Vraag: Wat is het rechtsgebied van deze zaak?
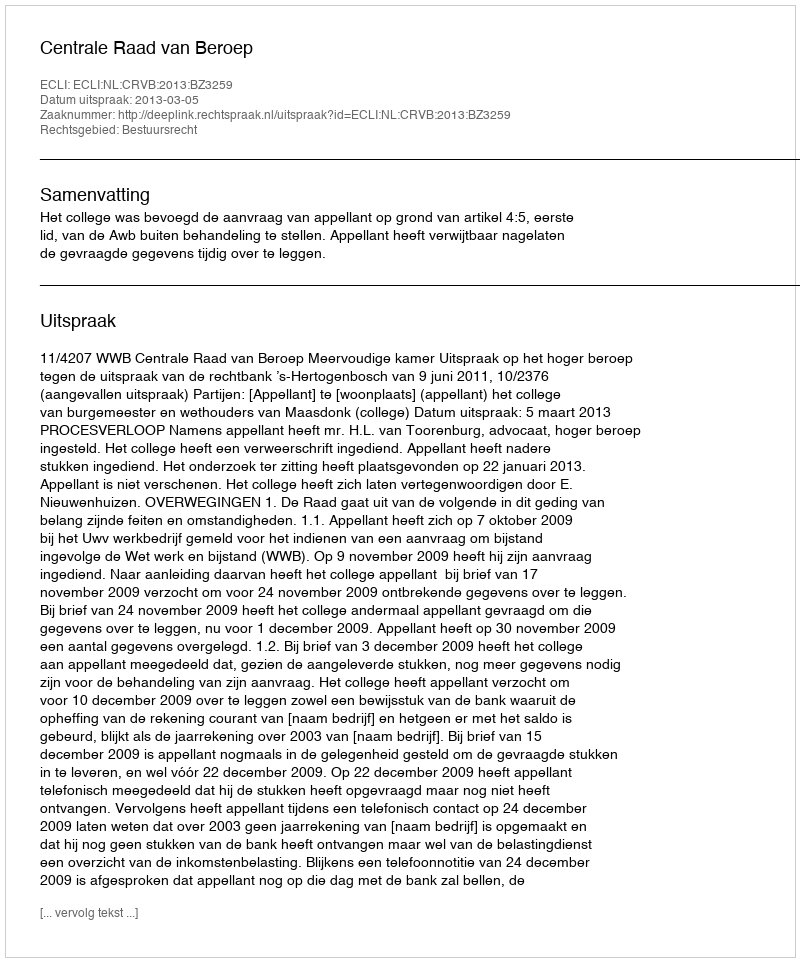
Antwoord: Bestuursrecht